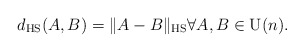
\begin{align*}d_ \textrm{HS}(A,B) = \|A-B\|_\textrm{HS} \forall A,B \in \mathrm{U}(n).\end{align*}